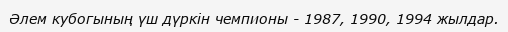
Әлем кубогының үш дүркін чемпионы - 1987, 1990, 1994 жылдар.